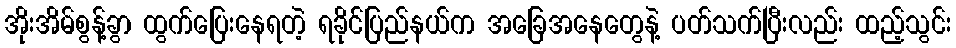
အိုးအိမ်စွန့်ခွာ ထွက်ပြေးနေရတဲ့ ရခိုင်ပြည်နယ်က အခြေအနေတွေနဲ့ ပတ်သက်ပြီးလည်း ထည့်သွင်း